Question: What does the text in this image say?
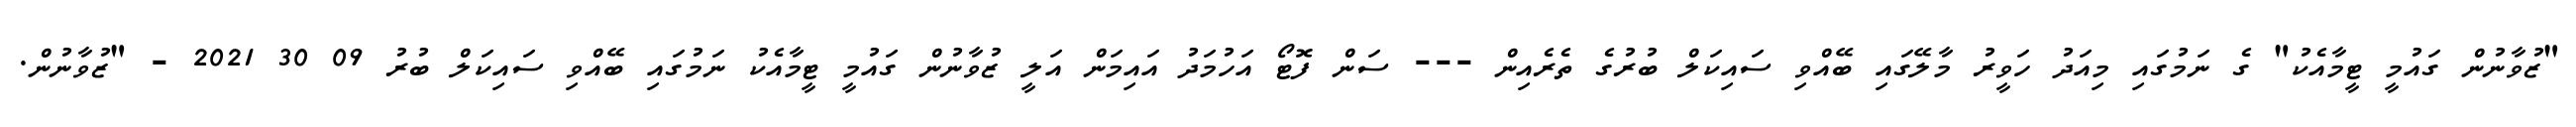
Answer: "ޒުވާނުން ގައުމީ ޓީމާއެކު" ގެ ނަމުގައި މިއަދު ހަވީރު މާލޭގައި ބޭއްވި ސައިކަލް ބުރުގެ ތެރެއިން --- ސަން ފޮޓޯ އަހުމަދު އައިމަން އަލީ ޒުވާނުން ގައުމީ ޓީމާއެކު ނަމުގައި ބޭއްވި ސައިކަލް ބުރު 09 30 2021 - "ޒުވާނުން.